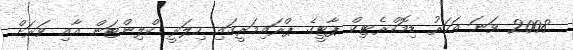
2008 ވަނަ އަހަރު ޑިމޮކްރެޓިކް ޕާޓީގެ ޕްރައިމަރީގައި ހިލަރީ ކްލިންޓަން އާއި ވަރަށް